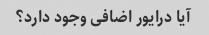
آیا درایور اضافی وجود دارد؟